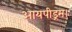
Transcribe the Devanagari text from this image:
आयपीड्रम।